Scottish Leaving Certificate Examination, 1959
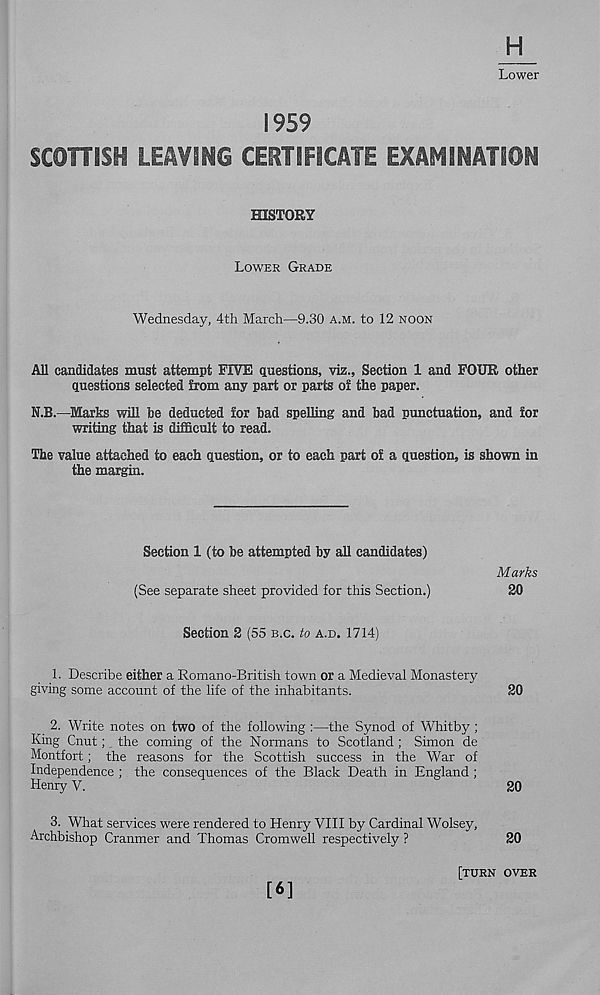
H
Lower
1959
SCOTTISH LEAVING CERTIFICATE EXAMINATION
HISTORY
LOWER GRADE
Wednesday, 4th March—9.30 A.M. to 12 NOON
All candidates must attempt FIVE questions, viz.. Section 1 and FOUR other
questions selected from any part or parts of the paper.
N.B.—Marks will be deducted for bad spelling and bad punctuation, and for
writing that is difficult to read.
The value attached to each question, or to each part of a question, is shown in
the margin.
Section 1 (to be attempted by all candidates)
Marks
(See separate sheet provided for this Section.)
20
Section 2 (55 B.C. to A.D. 1714)
1. Describe either a Romano-British town or a Medieval Monastery
giving some account of the life of the inhabitants.
20
2. Write notes on two of the following :—the Synod of Whitby;
King Cnut; the coming of the Normans to Scotland ; Simon de
Montfort; the reasons for the Scottish success in the War of
Independence ; the consequences of the Black Death in England ;
Henry V.
20
3. What services were rendered to Henry VIII by Cardinal Wolsey,
Archbishop Cranmer and Thomas Cromwell respectively ?
20
[6]
[TURN OVER